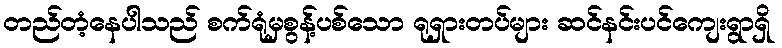
တည်တံ့နေပါသည် စက်ရုံမှစွန့်ပစ်သော ရုရှားတပ်များ ဆင်နင်းပင်ကျေးရွာရှိ